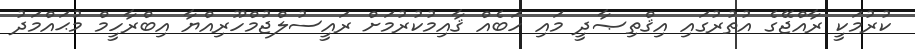
ކުރުމަކީ ރާއްޖޭގެ އުތުރުގައި އިޤްތިޞާދީ މައި ހަބެއް ޤާއިމުކުރުމަށް ރައީސުލްޖުމްހޫރިއްޔާ އިބްރާހީމް މުޙައްމަދު